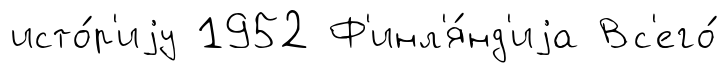
исто́р'иjу 1952 Ф'инл'я́нд'иjа Вс'его́